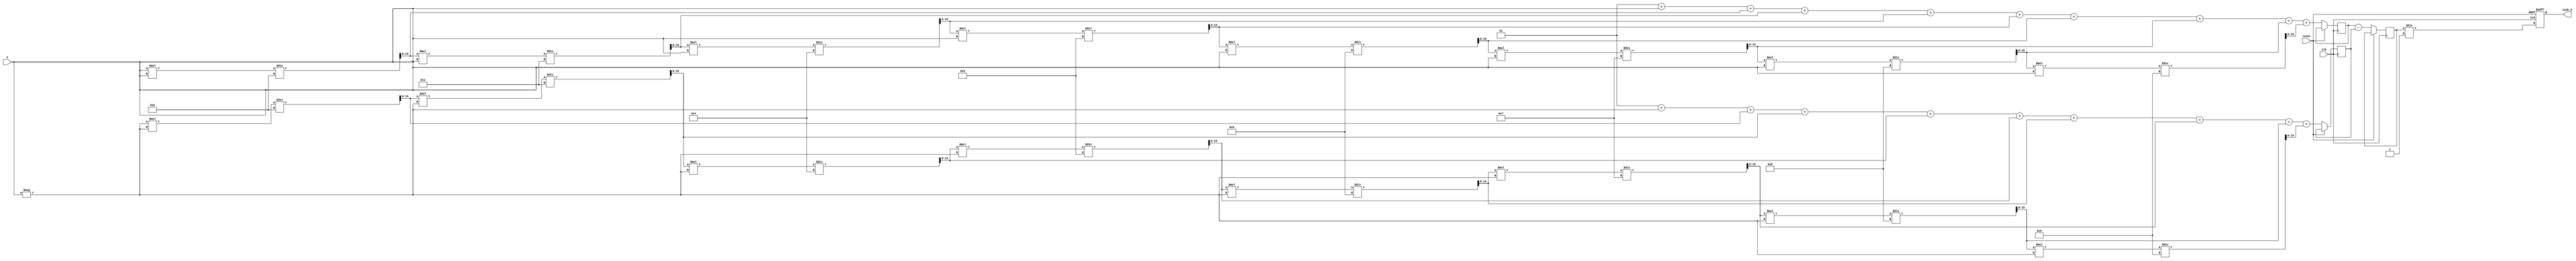
module sinh_arithmetic_block (
    input wire signed [15:0] X,        // Input value (fixed-point representation)
    output reg signed [15:0] sinh_X,    // Output value (sinh of X)
    input wire clk,
    input wire reset
);

    // Internal signals
    reg signed [15:0] exp_X;            // e^X
    reg signed [15:0] exp_neg_X;        // e^(-X)
    reg signed [15:0] exp_diff;          // e^X - e^(-X)

    // Constants for approximation (for simplicity, using Taylor series coefficients)
    parameter [15:0] FACTOR = 16'h0001; // Factor for division by 2

    // Exponential approximation using Taylor series (limited to a few terms)
    function signed [15:0] exp_approx;
        input signed [15:0] x;
        reg signed [15:0] term;
        reg signed [15:0] sum;
        integer i;
        begin
            sum = 16'h0001; // e^0 = 1
            term = x; // First term is x
            for (i = 1; i < 10; i = i + 1) begin
                sum = sum + term;
                term = (term * x) / (i + 1); // Calculate next term
            end
            exp_approx = sum;
        end
    endfunction

    // Main computation block
    always @(posedge clk or posedge reset) begin
        if (reset) begin
            sinh_X <= 16'h0000; // Reset output
        end else begin
            // Compute e^X and e^(-X)
            exp_X <= exp_approx(X);
            exp_neg_X <= exp_approx(-X);
            
            // Compute e^X - e^(-X)
            exp_diff <= exp_X - exp_neg_X;

            // Compute sinh(X) = (e^X - e^(-X)) / 2
            sinh_X <= exp_diff / FACTOR; // Division by 2
        end
    end

endmodule